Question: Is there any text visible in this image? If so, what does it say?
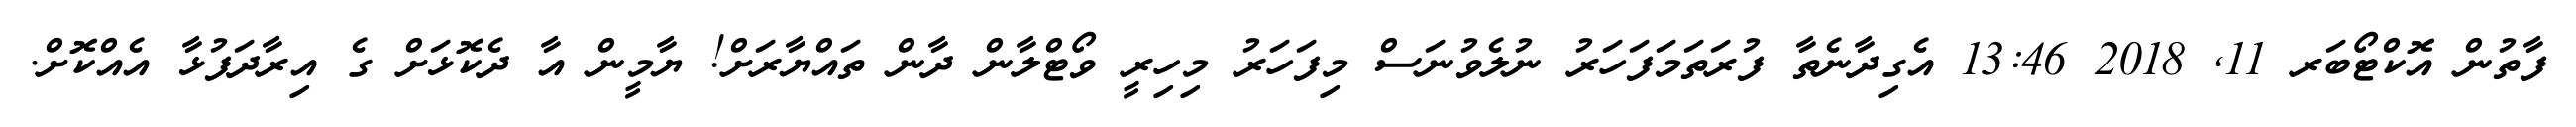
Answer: ފާތުން އޮކްޓޯބަރ 11, 2018 13:46 އެގިދާނެތާ ފުރަތަމަފަހަރު ނުލެވުނަސް މިފަހަރު މިހިރީ ވޯޓްލާން ދާން ތައްޔާރަށް! ޔާމީން އާ ދެކޮޅަށް ގެ އިރާދަފުޅާ އެއްކޮށް.